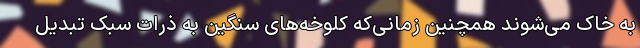
به خاک می‌شوند همچنین زمانی‌که کلوخه‌های سنگین به ذرات سبک تبدیل